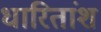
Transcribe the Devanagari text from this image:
धारितांश